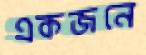
একজনে